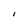
Character: I